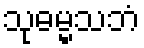
သုဓမ္မသဘံ